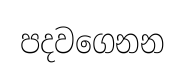
පදවගෙනන